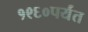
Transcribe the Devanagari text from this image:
१९६०पर्यंत